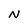
Character: N